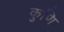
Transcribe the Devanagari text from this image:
कुणि